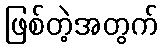
ဖြစ်တဲ့အတွက်